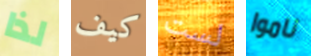
لذا كيف لست ناموا